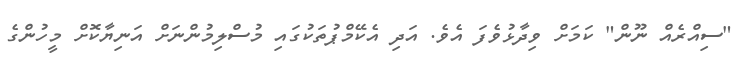
"ސިއްރެއް ނޫން" ކަމަށް ވިދާޅުވެފަ އެވެ. އަދި އެކޭމްޕުތަކުގައި މުސްލިމުންނަށް އަނިޔާކޮށް މީހުންގެ